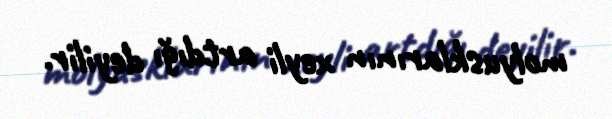
molyusklarının xeyli artdığı deyilir.